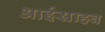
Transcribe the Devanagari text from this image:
आईसाहब